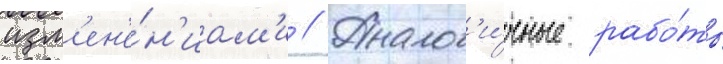
изм'ен'е́н'иам'и // Аналог'и́чные рабо́ты